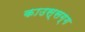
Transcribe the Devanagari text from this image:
काउस्सग्ग